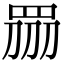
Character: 𥅫